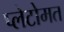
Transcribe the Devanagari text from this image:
प्लेटोमत